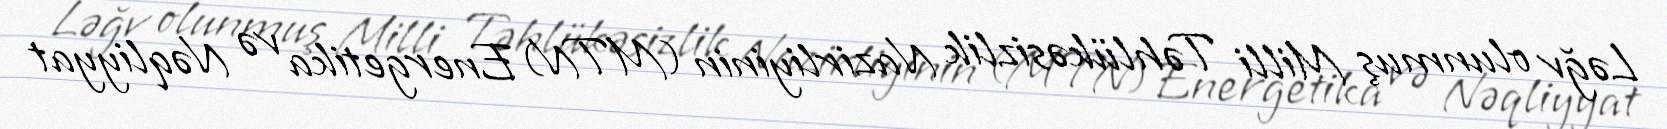
Ləğv olunmuş Milli Təhlükəsizlik Nazirliyinin (MTN) Energetika və Nəqliyyat